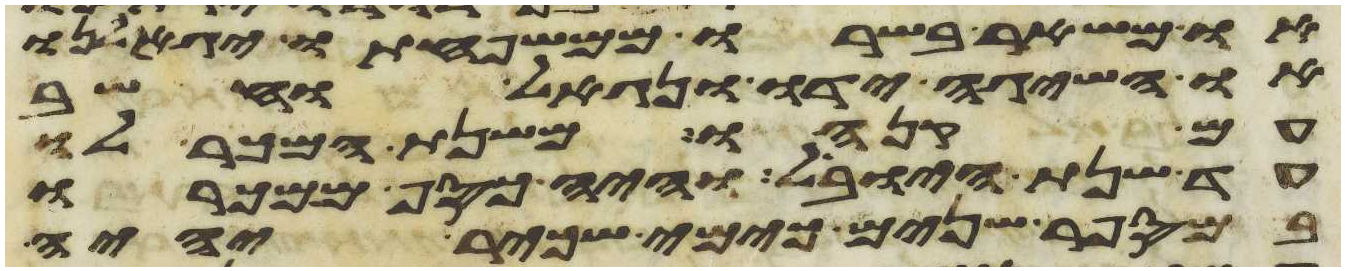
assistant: או משאר בשרו ממשפחתו יגאלנו
או השיגה ידו ונגאל וחשב
עם קנהו משנת המכר לו
עד שנת היובל והיה כסף ממכרו
במספר שנים כימי שכיר יהיה